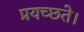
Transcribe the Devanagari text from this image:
प्रयच्छते।